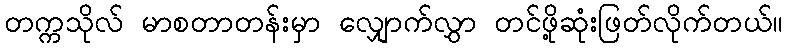
တက္ကသိုလ် မာစတာတန်းမှာ လျှောက်လွှာ တင်ဖို့ဆုံးဖြတ်လိုက်တယ်။